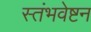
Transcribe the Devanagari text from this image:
स्तंभवेष्टन